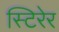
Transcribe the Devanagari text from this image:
स्टिरेर